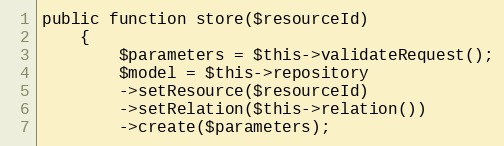
Language: PHP
public function store($resourceId)
    {
        $parameters = $this->validateRequest();
        $model = $this->repository
        ->setResource($resourceId)
        ->setRelation($this->relation())
        ->create($parameters);